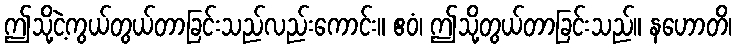
ဤသို့ငဲ့ကွယ်တွယ်တာခြင်းသည်လည်းကောင်း။ ဧဝံ၊ ဤသို့တွယ်တာခြင်းသည်။ နဟောတိ၊